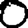
Digit: 0